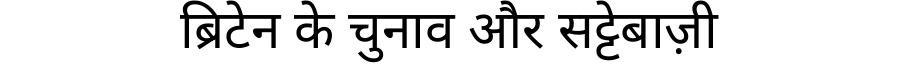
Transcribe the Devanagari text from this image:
ब्रिटेन के चुनाव और सट्टेबाज़ी